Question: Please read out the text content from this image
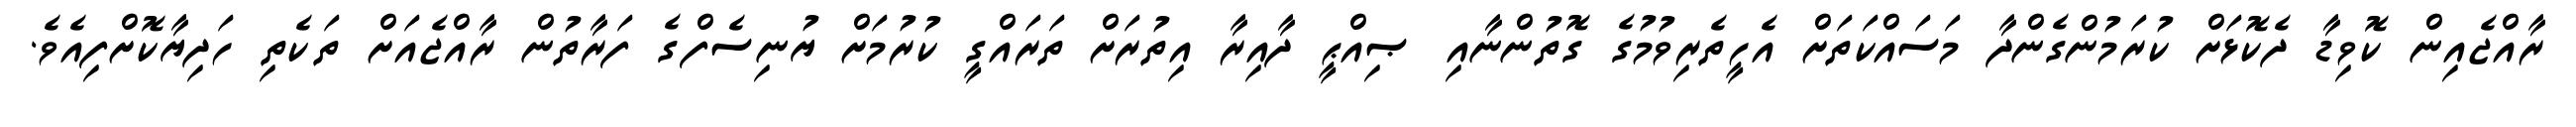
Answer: ރާއްޖެއިން ކޮވިޑާ ދެކޮޅަށް ކުރަމުންގެންދާ މަސައްކަތަށް އެހީތެރިވުމުގެ ގޮތުންނާއި ޞިއްޙީ ދާއިރާ އިތުރަށް ތަރައްގީ ކުރުމަށް ޔުނިސެފްގެ ފަރާތުން ރާއްޖެއަށް ތަކެތި ހަދިޔާކޮށްފިއެވެ.